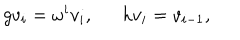
g v _ { i } = \omega ^ { i } v _ { i } , h v _ { i } = v _ { i - 1 } ,